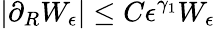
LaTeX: |\partial_{R}W_{\epsilon}|\le C\epsilon^{\gamma_{1}}W_{\epsilon}